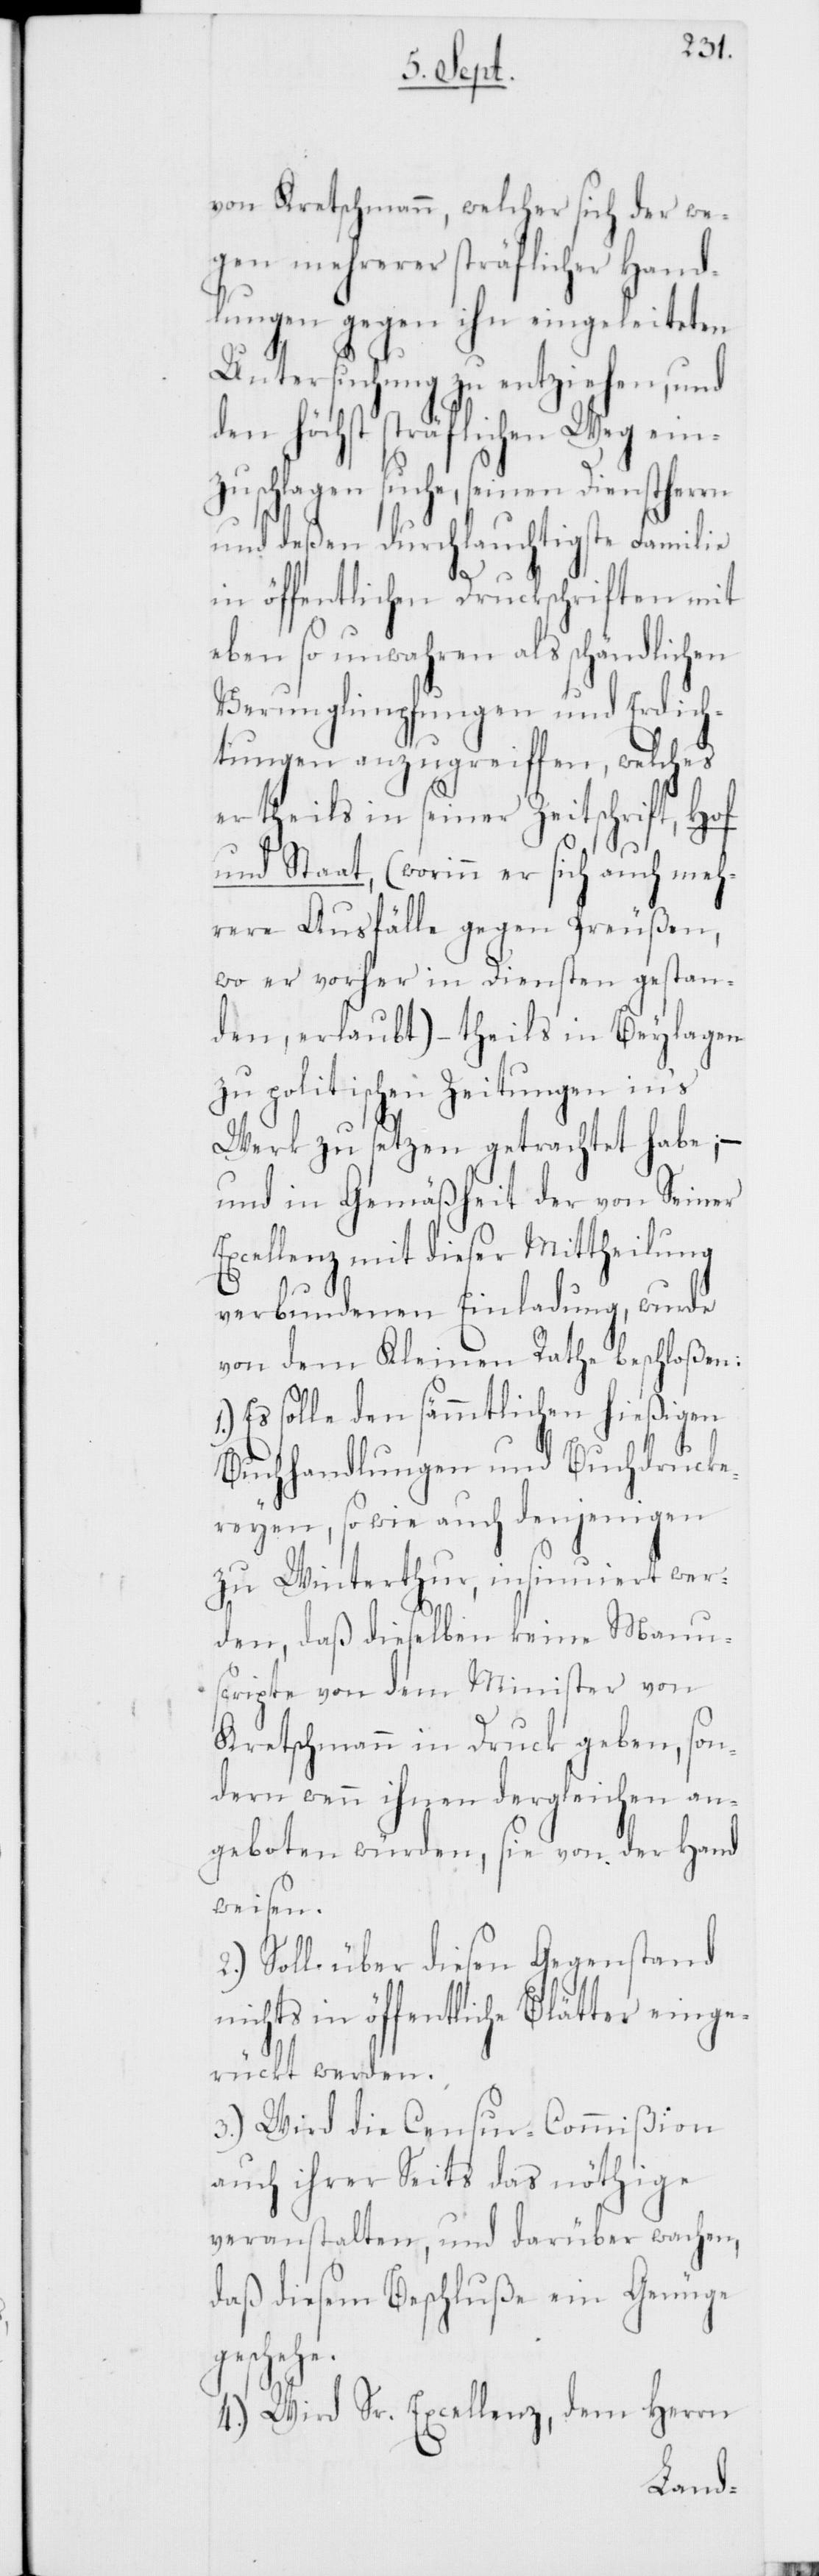
von Kretschmann, welcher sich der we¬
gen mehrerer sträflicher Hand¬
lungen gegen ihn eingeleiteten
Untersuchung zu entziehen, und
den höchst sträflichen Weg ein¬
zuschlagen suche, seinen Dienstherrn
und deßen durchlauchtigste Familie
in öffentlichen Druckschriften mit
eben so unwahren als schändlich¬
Verunglimpfungen und Erdich¬
tungen anzugreiffen, welches
er theils in seiner Zeitschrift, Hof
und Staat, (worinn er sich auch meh¬
rere Ausfälle gegen Preußen,
wo er vorher in Diensten gestan¬
den, erlaubt), – theils in Beylagen
zu politischen Zeitungen in’s
Werk zu setzen getrachtet habe; –
und in Gemäßheit er von Seiner
Excellenz mit dieser Mittheilung
en
verbundenen Einladung, wurde
von dem Kleinen Rathe beschloßen:
Es solle den sämmtlichen hießigen
Buchhandlungen und Buchdrucke¬
reyen, so wie auch denjenigen
zu Winterthur, insinuiert wer¬
den, daß dieselben keine Manu¬
scripte von dem Minister von
Kretschmann in Druck geben, son¬
dern wenn ihnen dergleichen an¬
geboten würden, sie von der Hand
weisen.
2.) Soll über diesen Gegenstand
nichts in öffentliche Blätter einge¬
rückt werden.
3.) Wird die Censur-Commißion
auch ihrer Seits das nöthige
veranstalten, und darüber wachen,
daß diesem Beschluße ein Genüge
geschehe.
4.) Wird Sr. Excellenz, dem Herrn